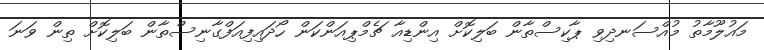
މައުލޫމާތު މުއްސަނދިވި ޕާކިސްތާން ބަލިކޮށް އިންޑިއާ ޗެމްޕިއަންކަން ހޯދައިފިއަފްގާނިސްތާން ބަލިކޮށް ތިން ވަަނަ